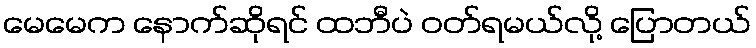
မေမေက နောက်ဆိုရင် ထဘီပဲ ဝတ်ရမယ်လို့ ပြောတယ်